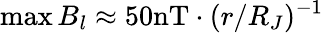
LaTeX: \operatorname*{max}B_{l}\approx 50\mathrm{nT}\cdot(r/R_{J})^{-1}